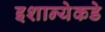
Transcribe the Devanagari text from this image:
इशान्येकडे